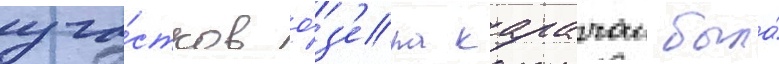
уча́стков о́з'ера карачаи была́